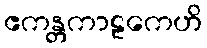
ဧကန္တကာဠကေဟိ